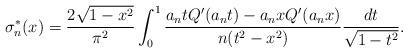
LaTeX: \begin{align*}\sigma_n^*(x)=\frac{2\sqrt{1-x^2}}{\pi^2}\int_0^1\frac{a_ntQ'(a_nt)-a_nxQ'(a_nx)}{n(t^2-x^2)}\frac{dt}{\sqrt{1-t^2}}.\end{align*}